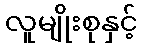
လူမျိုးစုနှင့်